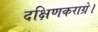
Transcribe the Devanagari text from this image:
दक्षिणकराग्रे।